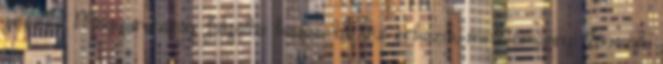
jelezte: Magyarország folyóiba kevesebb víz érkezik, mint amennyi távozik,